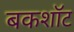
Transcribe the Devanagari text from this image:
बकशॉट